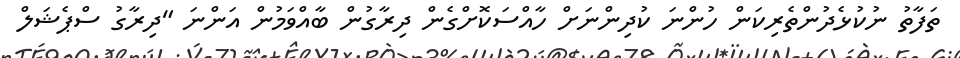
ތަފާތު ނުކުޅެދުންތެރިކަން ހުންނަ ކުދިންނަށް ހާއްސަކޮށްގެން ދިރާގުން ބާއްވަމުން އަންނަ "ދިރާގު ސްޕެޝަލް